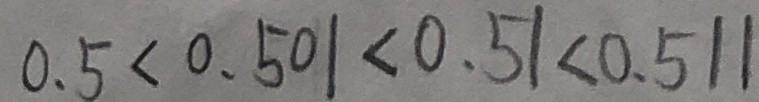
0 . 5 < 0 . 5 0 1 < 0 . 5 1 < 0 . 5 1 1